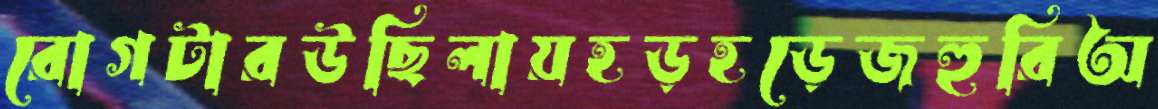
রোগটারউছিলায়হড়হড়েজহুরিঅ